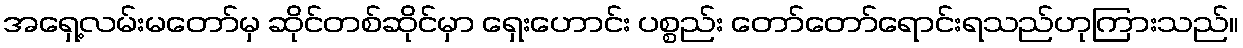
အရှေ့လမ်းမတော်မှ ဆိုင်တစ်ဆိုင်မှာ ရှေးဟောင်း ပစ္စည်း တော်တော်ရောင်းရသည်ဟုကြားသည်။